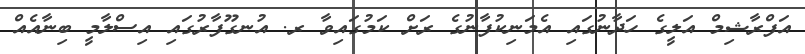
އަފްރާޝިމް އަލީގެ ހަދާނުގައި އެމަނިކުފާނުގެ ރަށް ކަމުގައިވާ ރ. އުނގޫފާރުގައި އިސްލާމީ ބިނާއެއް